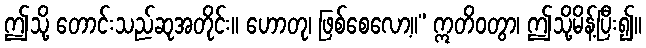
ဤသို့ တောင်းသည်ဆုအတိုင်း။ ဟောတု၊ ဖြစ်စေလော့။” ဣတိဝတွာ၊ ဤသို့မိန့်ပြီး၍။